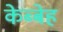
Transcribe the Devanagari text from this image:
केब्बेह